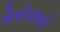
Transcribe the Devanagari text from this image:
मेमोआयर्स